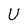
Character: U